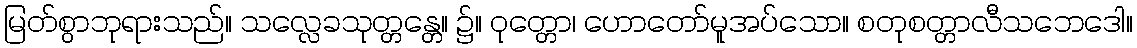
မြတ်စွာဘုရားသည်။ သလ္လေခသုတ္တန္တေ။ ၌။ ဝုတ္တော၊ ဟောတော်မူအပ်သော။ စတုစတ္တာလီသဘေဒေါ။